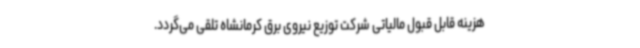
هزینه قابل قبول مالیاتی شرکت توزیع نیروی برق کرمانشاه تلقی می‌گردد.